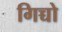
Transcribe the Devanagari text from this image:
गिच्चो